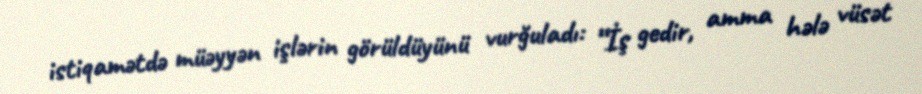
istiqamətdə müəyyən işlərin görüldüyünü vurğuladı: “İş gedir, amma hələ vüsət